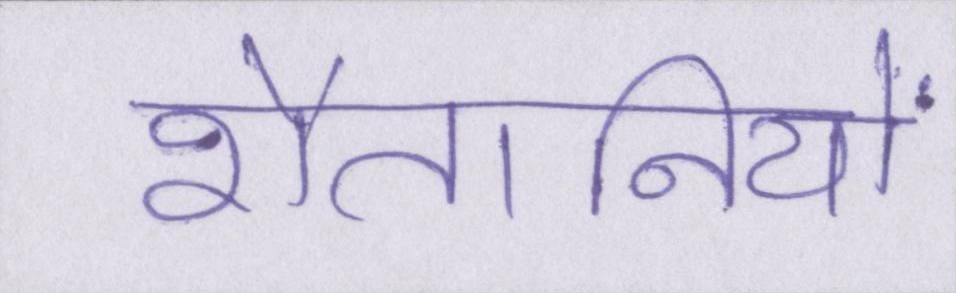
शैतानियों